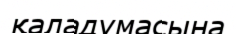
қаладумасына